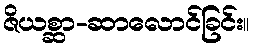
ဇိယစ္ဆာ-ဆာလောင်ခြင်း။